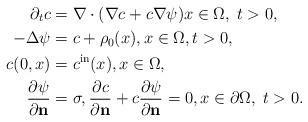
LaTeX: \begin{align*} \partial_t c & = \nabla \cdot(\nabla c+ c \nabla \psi) x\in \Omega,\; t>0, \\- \Delta \psi & = c +\rho_0(x), x\in \Omega, t>0, \\c(0, x) & =c^{\rm in}(x), x\in \Omega,\\ \frac{\partial \psi}{\partial \textbf{n}} & =\sigma, \frac{\partial c}{\partial \textbf{n}}+c \frac{\partial \psi}{\partial \textbf{n}} =0, x\in \partial\Omega,\; t>0.\end{align*}